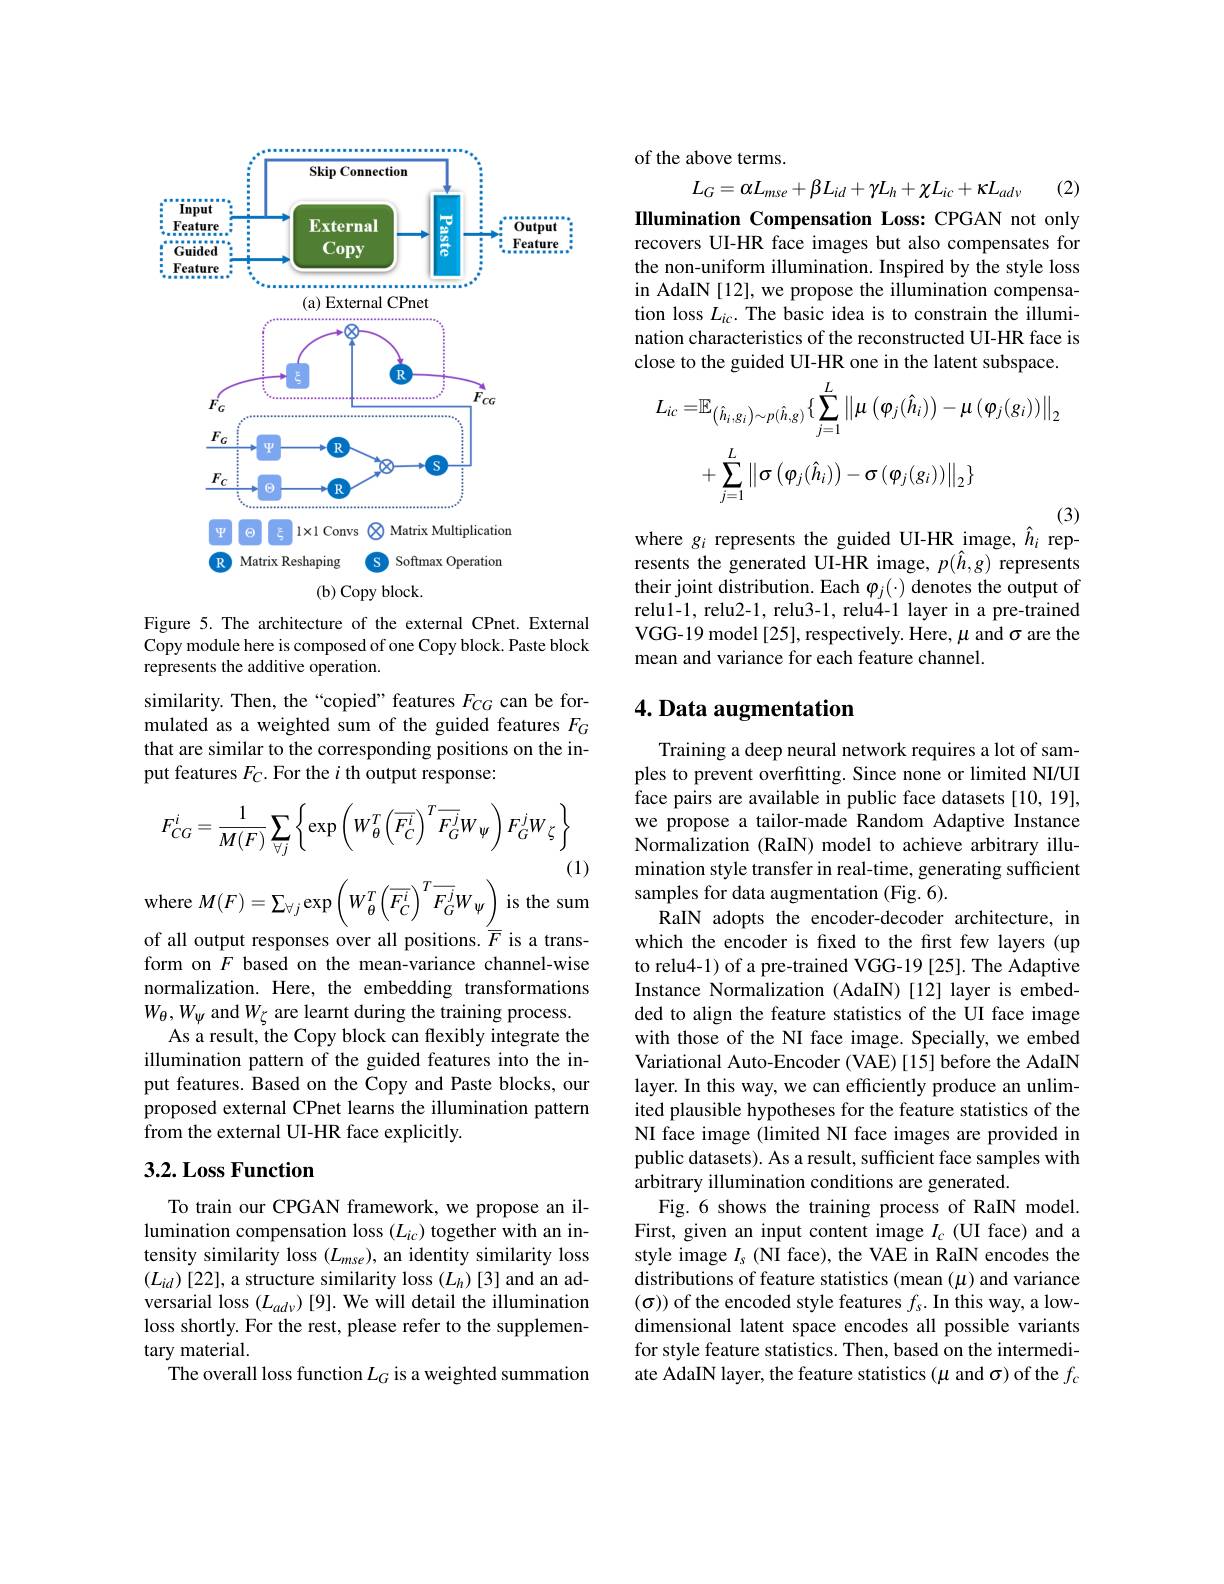
<FigureHere>

Figure 5. The architecture of the external CPnet. External Copy module here is composed of one Copy block. Paste block represents the additive operation.

similarity. Then, the“copied” features $F_{CG}$ can be formulated as a weighted sum of the guided features $F_G$ that are similar to the corresponding positions on the input features $F_C.$ For the $i$ th output response:
$$F_{CG}^{i}=\frac{1}{M(F)}\sum_{\forall j}\left\{\exp\left(W_{\theta}^{T}\left(\overline{F_{C}^{i}}\right)^{T}\overline{F_{G}^{j}}W_{\psi}\right)F_{G}^{j}W_{\zeta}\right\}$$
(1)
where $M(F)=\sum_{\forall j}\exp\left(W_{\theta}^{T}\left(\overline{F_{C}^{i}}\right)^{T}\overline{F_{G}^{j}}W_{\psi}\right)$is the sum of all output responses over all positions. $\overline{F}$ is a trans-

form on $F$ based on the mean-variance channel-wise normalization. Here, the embedding transformations $W_{\theta},W_{\psi}$ and $W_\zeta$ are learnt during the training process.
As a result, the Copy block can flexibly integrate the illumination pattern of the guided features into the input features. Based on the Copy and Paste blocks, our proposed external CPnet learns the illumination pattern from the external UI-HR face explicitly.

## 3.2. Loss Function

To train our CPGAN framework, we propose an illumination compensation loss $(L_{ic})$ together with an intensity similarity loss $(L_{mse})$, an identity similarity loss $(L_{id})[22]$, a structure similarity loss $(L_h)[3]$ and an adversarial loss $(L_{ad\nu})[9].$ We will detail the illumination loss shortly. For the rest, please refer to the supplementary material.
The overall loss function $L_G$ is a weighted summation

of the above terms.

(2)
$$L_{G}=\alpha L_{mse}+\beta L_{id}+\gamma L_{h}+\chi L_{ic}+\kappa L_{ad\nu}$$
Illumination Compensation Loss: CPGAN not only recovers UI-HR face images but also compensates for the non-uniform illumination. Inspired by the style loss in AdaIN [12], we propose the illumination compensation loss $L_ic.$ The basic idea is to constrain the illumination characteristics of the reconstructed UI-HR face is close to the guided UI-HR one in the latent subspace.
$$\begin{aligned}L_{ic}=&\mathbb{E}_{\left(\hat{h}_{i},g_{i}\right)\sim p(\hat{h},g)}\{\sum_{j=1}^{L}\|\mu\left(\varphi_{j}(\hat{h}_{i})\right)-\mu\left(\varphi_{j}(g_{i})\right)\|_{2}\\&+\sum_{j=1}^{L}\left\|\sigma\left(\varphi_{j}(\hat{h}_{i})\right)-\sigma\left(\varphi_{j}(g_{i})\right)\right\|_{2}\}\end{aligned}$$
(3)
where $g_i$ represents the guided UI-HR image, $\hat{h}_i$ rep-

resents the generated UI-HR image, $p(\hat{h},g)$ represents their joint distribution. Each $\varphi_j(\cdot)$ denotes the output of relu1-1, relu2-1, relu3-1, relu4-1 layer in a pre-trained VGG-19 model[25], respectively. Here, $\mu$ and $\sigma$ are the mean and variance for each feature channel.

# 4. Data augmentation

Training a deep neural network requires a lot of samples to prevent overfitting. Since none or limited NI/UI face pairs are available in public face datasets [10,19], we propose a tailor-made Random Adaptive Instance Normalization (RaIN) model to achieve arbitrary illumination style transfer in real-time, generating sufficient samples for data augmentation (Fig. 6).
RaIN adopts the encoder-decoder architecture, in which the encoder is fxed to the frst few layers (up to relu4-1) of a pre-trained VGG-19 [25]. The Adaptive Instance Normalization (AdaIN)[12] layer is embedded to align the feature statistics of the UI face image with those of the NI face image. Specially, we embed Variational Auto-Encoder (VAE)[15] before the AdaIN layer. In this way, we can efficiently produce an unlimited plausible hypotheses for the feature statistics of the NI face image (limited NI face images are provided in public datasets). As a result, sufficient face samples with arbitrary illumination conditions are generated.
Fig.6 shows the training process of RaIN model. First, given an input content image $I_c$ (UI face) and a style image $I_s$ (NI face), the VAE in RaIN encodes the distributions of feature statistics (mean (μ) and variance $(\sigma))$ of the encoded style features $f_s. \textbf{In this way, a low- }$ dimensional latent space encodes all possible variants for style feature statistics. Then, based on the intermediate AdaIN layer, the feature statistics (μ and σ) of the $f_c$